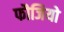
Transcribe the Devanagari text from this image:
फौजियो